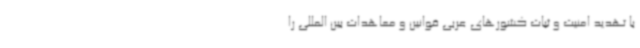
با تهدید امنیت و ثبات کشورهای عربی قوانین و معاهدات بین المللی را